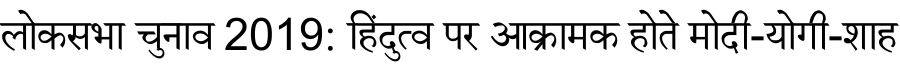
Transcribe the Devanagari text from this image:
लोकसभा चुनाव 2019: हिंदुत्व पर आक्रामक होते मोदी-योगी-शाह